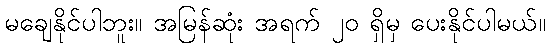
မချေနိုင်ပါဘူး။ အမြန်ဆုံး အရက် ၂၀ ရှိမှ ပေးနိုင်ပါမယ်။